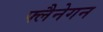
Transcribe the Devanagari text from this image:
फ्लैनेगन